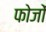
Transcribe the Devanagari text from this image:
फोजों